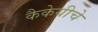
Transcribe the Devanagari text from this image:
कैकेयीचे